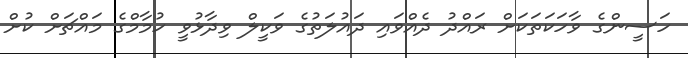
ހަސީންގެ ވާހަކަތަކަށް ރައްދު ދެއްވައި ދައުލަތުގެ ވަކީލް ވިދާޅުވީ ހުމާމްގެ މައްޗަށް ކުށް